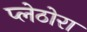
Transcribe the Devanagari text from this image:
प्लेठोरा